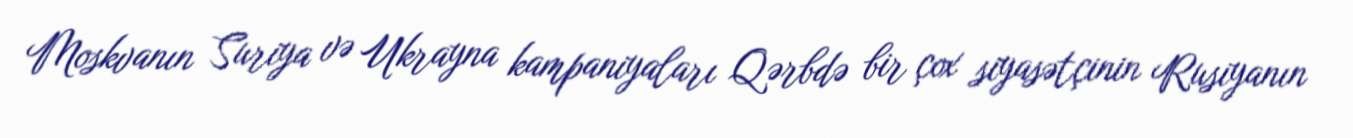
Moskvanın Suriya və Ukrayna kampaniyaları Qərbdə bir çox siyasətçinin Rusiyanın